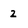
Character: 2